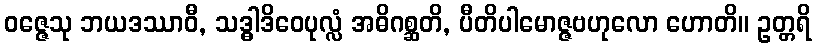
ဝဇ္ဇေသု ဘယဒဿာဝီ, သဒ္ဓါဒိဝေပုလ္လံ အဓိဂစ္ဆတိ, ပီတိပါမောဇ္ဇဗဟုလော ဟောတိ။ ဥတ္တရိ